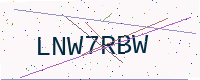
Text: LNW7RBW